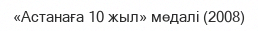
«Астанаға 10 жыл» медалі (2008)